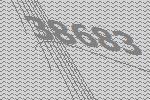
38683